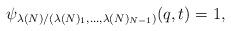
LaTeX: \begin{align*}\psi_{\lambda(N)/(\lambda(N)_1, \dots, \lambda(N)_{N-1})}(q, t) = 1,\end{align*}